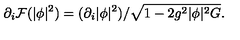
\partial _ { i } { \cal F } ( | \phi | ^ { 2 } ) = ( \partial _ { i } | \phi | ^ { 2 } ) / \sqrt { 1 - 2 g ^ { 2 } | \phi | ^ { 2 } G } .